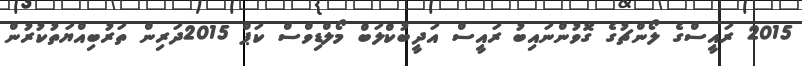
2015 ރައީސްގެ ލޯންޗުގެ ގޮވުންނައިބު ރައީސް އަދީބުކްލަބް މޯލްޑިވްސް ކަޕް 2015ދަރިން ތަރުބިއްޔަތުކުރުން